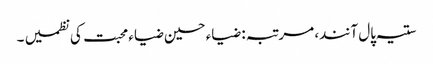
ستیہ پال آنند، مرتبہ: ضیاء حسین ضیاء محبت کی نظمیں ۔